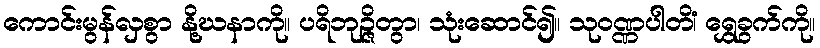
ကောင်းမွန်လှစွာ နို့ဃနာကို။ ပရိဘုဉ္ဇိတွာ၊ သုံးဆောင်၍။ သုဝဏ္ဏပါတိံ၊ ရွှေခွက်ကို။